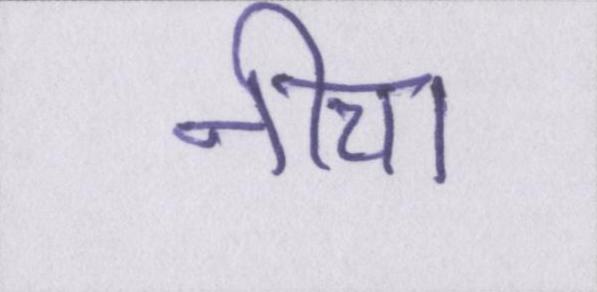
नीचा